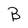
Character: B